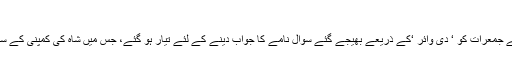
کے آئی ایف ایس فائی نینشیل
کے آئی ایف ایس فائی نینشیل سروسز کے پرموٹر راجیش کھنڈوالا پہلے جمعرات کو ‘ دی وائر ‘کے ذریعے بھیجے گئے سوال نامے کا جواب دینے کے لئے تیار ہو گئے، جس میں شاہ کی کمپنی کے ساتھ ان کی کمپنی کے لین دین کے بارے میں وضاحت مانگی گئی تھی۔